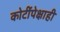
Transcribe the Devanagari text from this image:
कोटींपेक्षाही